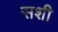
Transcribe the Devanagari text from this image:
सशी